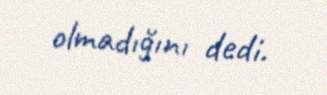
olmadığını dedi.